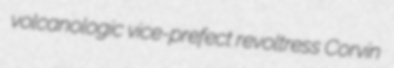
volcanologic vice-prefect revoltress Corvin